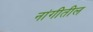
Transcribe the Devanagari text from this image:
नांगीतील